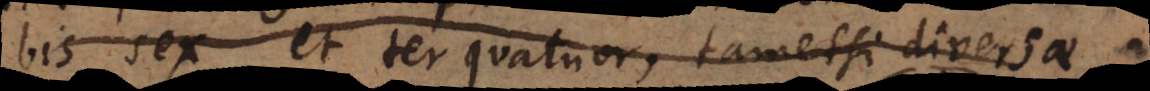
bis sex et ter quatuor, tametsi diversae